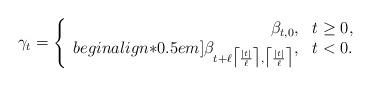
LaTeX: \begin{align*}\gamma_{t}=\left\{\begin{array}{rl}\beta_{t,0},& t\geq 0,\\begin{align*}0.5em]\beta_{t+\ell\big\lceil{\frac{|t|}{\ell}}\big\rceil,\big\lceil\frac{|t|}{\ell}\big\rceil},& t<0.\end{array}\right.\end{align*}